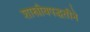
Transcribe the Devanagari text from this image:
शास्त्रीयपद्धतीने